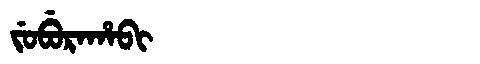
Manchu: ᠵᡠᠪᡠᡵᠠᡥᠠᠪᡳ
Romanization: JUBURAHABI